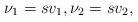
LaTeX: \begin{align*}\nu_1=sv_1,\nu_2=sv_2, \end{align*}